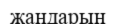
жандарын